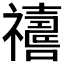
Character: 𱵵